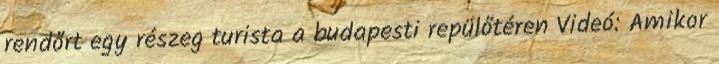
rendőrt egy részeg turista a budapesti repülőtéren Videó: Amikor